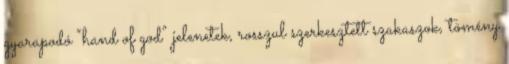
gyarapodó “hand of god” jelenetek, rosszul szerkesztett szakaszok, tömény